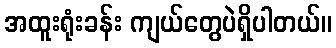
အထူးရုံးခန်း ကျယ်တွေပဲရှိပါတယ်။